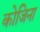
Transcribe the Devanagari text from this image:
कोजिना